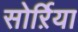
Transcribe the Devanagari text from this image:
सोर्ऱिया